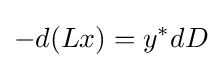
-d(Lx)=y^{*}dD